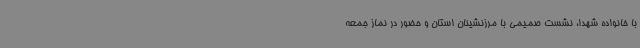
با خانواده شهدا، نشست صمیمی با مرزنشینان استان و حضور در نماز جمعه